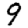
Digit: 9